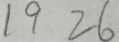
1 9 2 6